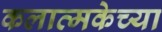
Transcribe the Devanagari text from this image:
कलात्मकेच्या